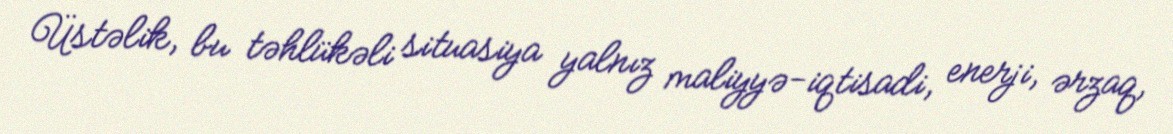
Üstəlik, bu təhlükəli situasiya yalnız maliyyə-iqtisadi, enerji, ərzaq,